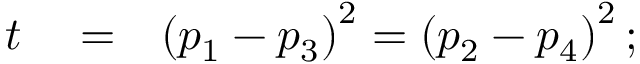
\begin{array} { r l r } { t } & { { } = } & { \left( p _ { 1 } - p _ { 3 } \right) ^ { 2 } = \left( p _ { 2 } - p _ { 4 } \right) ^ { 2 } ; } \end{array}